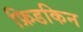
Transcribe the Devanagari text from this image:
फ्रिडकिन